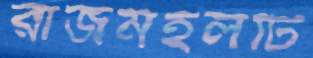
রাজমহলটি